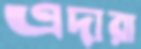
এদারা